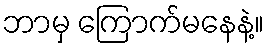
ဘာမှ ကြောက်မနေနဲ့။